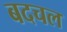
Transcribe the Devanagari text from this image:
बदचल